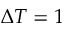
\Delta T = 1